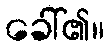
ခေါ်၏။